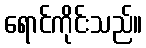
ရောင်ကိုင်းသည်။